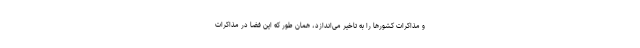
و مذاکرات کشورها را به تاخیر می‌اندازد، همان طور که این فضا در مذاکرات